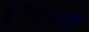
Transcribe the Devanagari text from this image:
दृष्‍ट्या